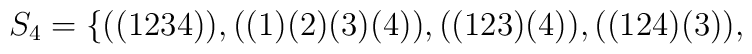
S_4 = \{ ((1234)),((1)(2)(3)(4)),((123)(4)), ((124)(3)),\hspace{1in}